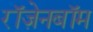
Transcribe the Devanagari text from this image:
रॉज़ेनबॉम